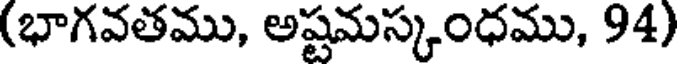
(భాగవతము, అష్టమస్కంధము, 94)